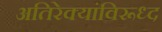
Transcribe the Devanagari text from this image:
अतिरेक्यांविरूध्द